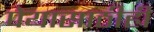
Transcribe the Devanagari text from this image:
पेयासाठीही